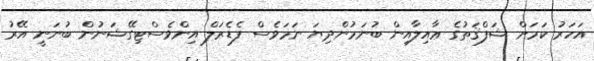
އަހަރު ކަމަށް ޝަފްޤަތުގެ ޢާއިލާއިން ބުނަމުންދިޔަ ނަމަވެސް ފެޑެރަލް އިންވެސްޓިގޭޝަނުން ބުނަނީ އޭރު